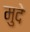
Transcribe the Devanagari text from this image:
मुदे